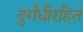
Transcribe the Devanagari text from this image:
दुर्गंधीरहित